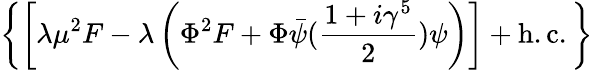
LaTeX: \left\{ \left[\lambda\mu^{2}F-\lambda\left(\Phi^{2}F+\Phi\bar{\psi}({\frac{1+i\gamma^{5}}{2}})\psi\right)\right]+\mathrm{h.c.}\, \right\}